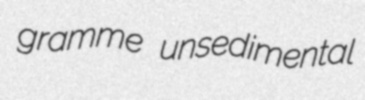
gramme unsedimental